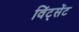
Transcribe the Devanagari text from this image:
विंट्सेंट